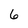
Character: 6